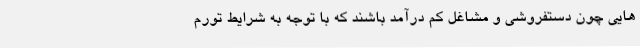
هایی چون دستفروشی و مشاغل کم درآمد باشند که با توجه به شرایط تورم